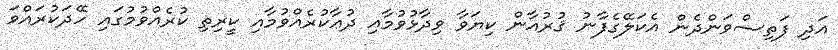
އަދި ފަތިސްވަންދެން އެކަލޭގެފާނު ޤުރުއާން ކިޔަވާ ވިދާޅުވުމާއި ދުޢާކުރެއްވުމާއި ކީރިތި ކުރެއްވުމުގައި ހޭދަކުރައްވަ